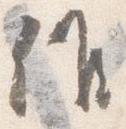
候